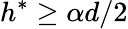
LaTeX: h^{*}\geq\alpha d/2